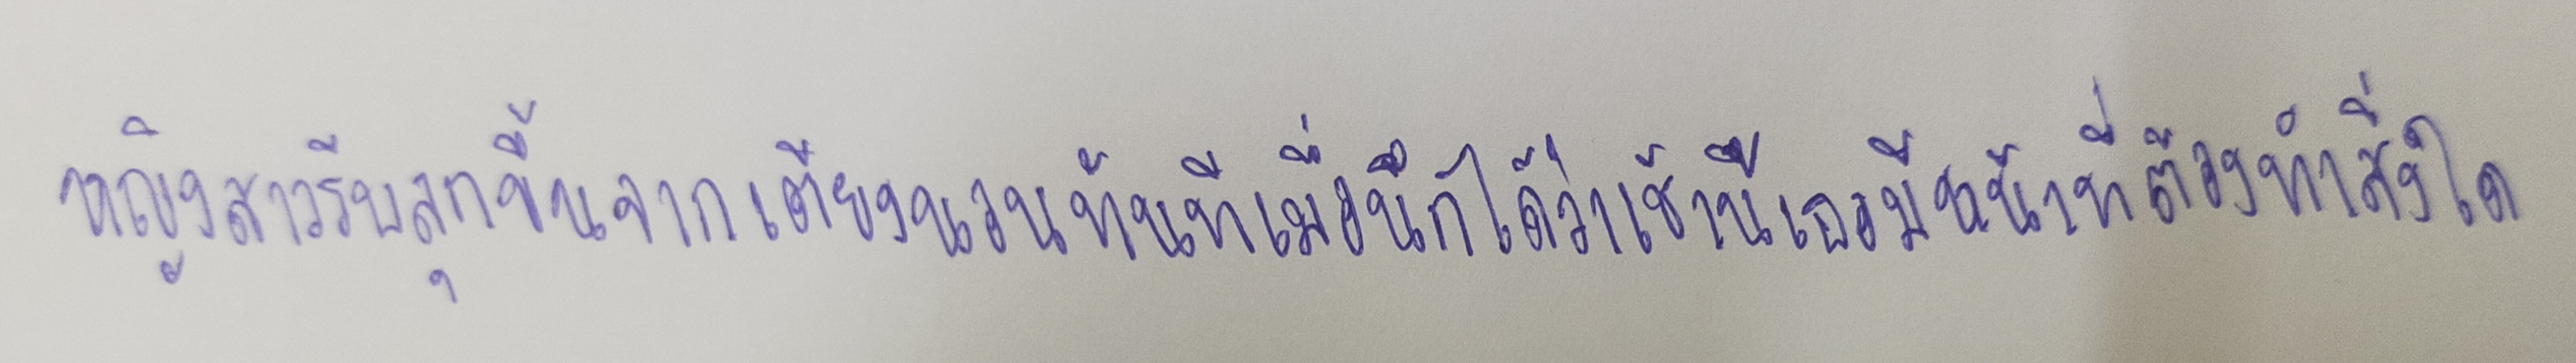
หญิงสาวรีบลุกขึ้นจากเตียงนอนทันทีเมื่อนึกได้ว่าเช้านี้เธอมีหน้าที่ต้องทำสิ่งใด